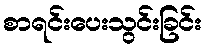
စာရင်းပေးသွင်းခြင်း